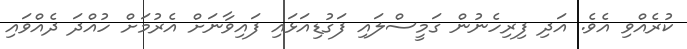
ކުރެއްވި އެވެ. އަދި ފިރިހެނުން ގަމީސްލައި ފަގުޑިއަޅައި ފައިވާނަށް އެރުމަށް ހުއްދަ ދެއްވައި